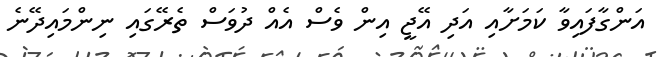
އަންގާފައިވާ ކަމަށާއި އަދި އޭޖީ އިން ވެސް އެއް ދުވަސް ތެރޭގައި ނިންމައިދޭނެ